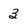
Character: 3